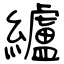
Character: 纑